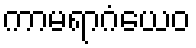
ကာမရာဂံယေဝ